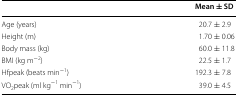
<table><thead><tr><td></td><td><b>Mean ± SD</b></td></tr></thead><tbody><tr><td>Age (years)</td><td>20.7 ± 2.9</td></tr><tr><td>Height (m)</td><td>1.70 ± 0.06</td></tr><tr><td>Body mass (kg)</td><td>60.0 ± 11.8</td></tr><tr><td>BMI (kg m<sup>−2</sup>)</td><td>22.5 ± 1.7</td></tr><tr><td>Hfpeak (beats min<sup>−1</sup>)</td><td>192.3 ± 7.8</td></tr><tr><td>VO<sub>2</sub>peak (ml kg<sup>−1</sup> min<sup>−1</sup>)</td><td>39.0 ± 4.5</td></tr></tbody></table>